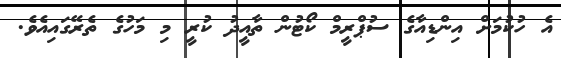
އެ ހުކުމަށް އިންޑިއާގެ ސުޕްރީމް ކޯޓުން ތާއީދު ކުރީ މި މަހުގެ ތެރޭގައިއެވެ.